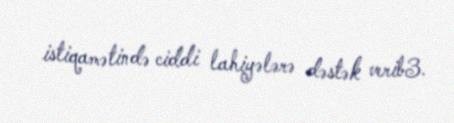
istiqamətində ciddi lahiyələrə dəstək verib3.